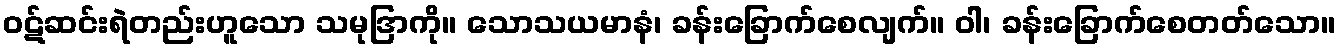
ဝဋ်ဆင်းရဲတည်းဟူသော သမုဒြာကို။ သောသယမာနံ၊ ခန်းခြောက်စေလျက်။ ဝါ၊ ခန်းခြောက်စေတတ်သော။